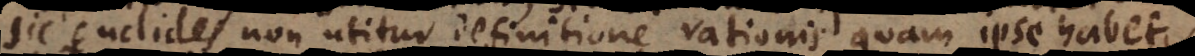
sic Euclides non utitur definitione rationis, quam ipse habet,